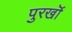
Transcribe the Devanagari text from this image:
पुरखॊं